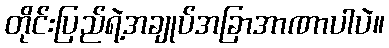
တိုင်းပြည်ရဲ့အချုပ်အခြာအာဏာပါပဲ။